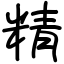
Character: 精